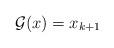
LaTeX: \begin{align*}\mathcal{G}(x) = x_{k+1}\end{align*}